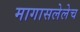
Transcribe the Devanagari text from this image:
मागासलेलेच